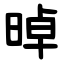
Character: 晫